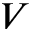
V